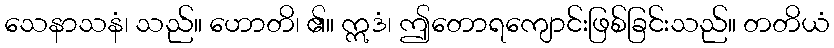
သေနာသနံ၊ သည်။ ဟောတိ၊ ၏။ ဣဒံ၊ ဤတောရကျောင်းဖြစ်ခြင်းသည်။ တတိယံ